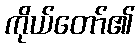
ကိုယ်တော်၏